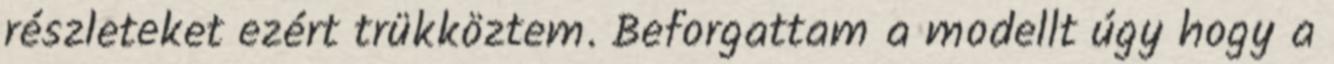
részleteket ezért trükköztem. Beforgattam a modellt úgy hogy a